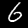
Digit: 6